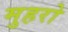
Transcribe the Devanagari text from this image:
मुहरो